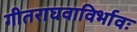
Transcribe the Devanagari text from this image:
गीतराघवाविर्भावः